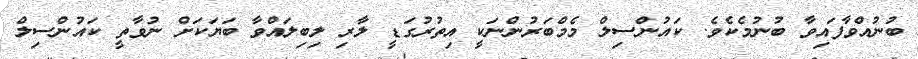
ބުނުއްވާފައިވާ ބުނުމެކެވެ. ކައުންސިލް މެމްބަރުންނަކީ އިތުރުގަޑީ ލާރި ލިބިލައްވާ ބަޔަކަށް ނުވާތީ ކައުންސިލް